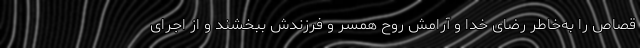
قصاص را به‌خاطر رضای خدا و آرامش روح همسر و فرزندش ببخشند و از اجرای